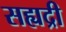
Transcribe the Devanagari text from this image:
सह्यद्री